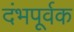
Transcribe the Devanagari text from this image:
दंभपूर्वक